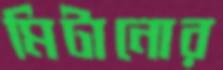
মিটানোর